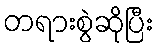
တရားစွဲဆိုပြီး